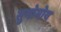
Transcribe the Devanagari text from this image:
सुभोमोय